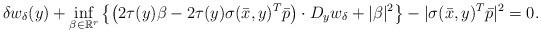
LaTeX: \begin{align*}\delta w_\delta(y) + \inf_{\beta \in \mathbb{R}^r} \left\{ \left(2\tau(y) \beta -2\tau(y)\sigma(\bar{x},y)^T \bar{p}\right)\cdot D_y w_\delta+|\beta|^2\right\} - |\sigma(\bar{x},y)^T \bar{p}|^2=0.\end{align*}